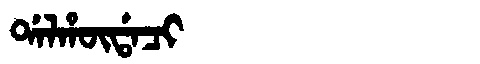
Manchu: ᡩᠠᠯᡥᡡᡩᠠᠴᡳ
Romanization: DALHŪDACI